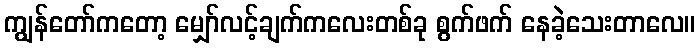
ကျွန်တော်ကတော့ မျှော်လင့်ချက်ကလေးတစ်ခု စွက်ဖက် နေခဲ့သေးတာလေ။